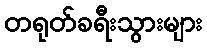
တရုတ်ခရီးသွားများ